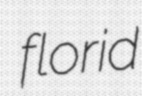
florid